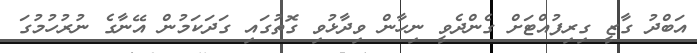
އަބްދު ގާޒީ ގިރިފުއްޓަށް ގެންދެވީ ނިހާން ވިދާޅުވި ގޮތުގައި ގަދަކަމުން އޭނާގެ ނުރުހުމުގަ